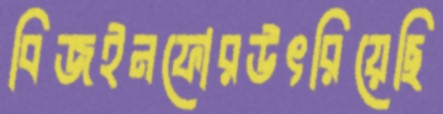
বিজইনফোরউৎরিয়েছি